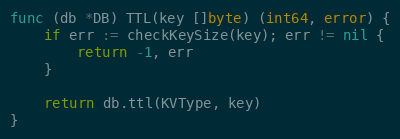
Language: Go
func (db *DB) TTL(key []byte) (int64, error) {
	if err := checkKeySize(key); err != nil {
		return -1, err
	}

	return db.ttl(KVType, key)
}